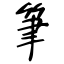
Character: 筆